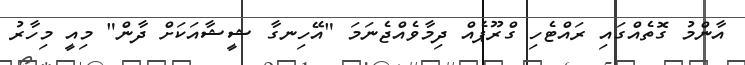
އާންމު ގޮތެއްގައި ރައްޓެހި ގްރޫޕެއް ދިމާވެެއްޖެނަމަ "އޭހިނގާ ޝީޝާއަކަށް ދާން" މިއީ މިހާރު